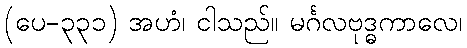
(ပေ-၃၃၁) အဟံ၊ ငါသည်။ မင်္ဂလဗုဒ္ဓကာလေ၊